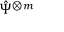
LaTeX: { \hat { \Psi } } ^ { \otimes m }